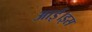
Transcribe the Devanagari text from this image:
आई।इस